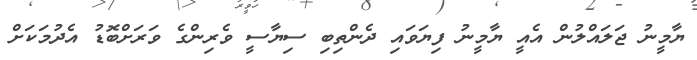
ޔާމީނު ޖަލައްލުން އެއީ ޔާމީނު ފިޔަވައި ދެންތިބި ސިޔާސީ ވެރިންގެ ވަރަށްބޮޑު އެދުމަކަށް